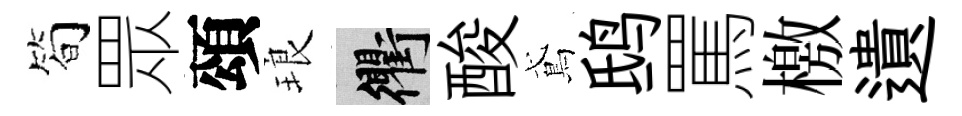
简眾頌琅衢酸鳶鸱罵檄遺